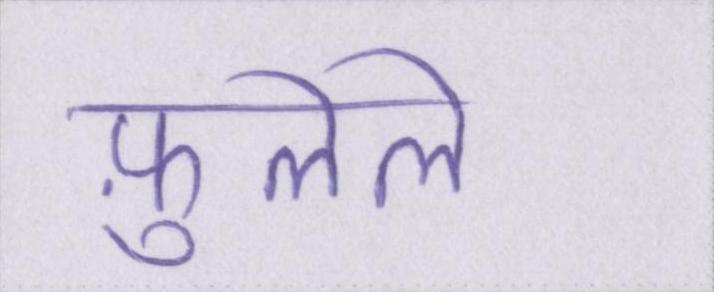
फ़ुलेले